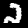
Digit: 2